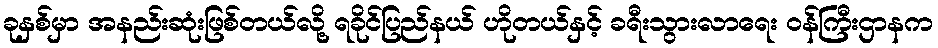
ခုနှစ်မှာ အနည်းဆုံးဖြစ်တယ်လို့ ရခိုင်ပြည်နယ် ဟိုတယ်နှင့် ခရီးသွားလာရေး ဝန်ကြီးဌာနက